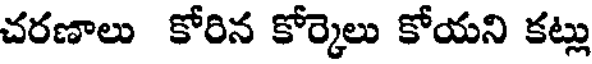
చరణాలు కోరిన కోర్కెలు కోయని కట్లు